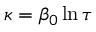
\kappa = \beta _ { 0 } \ln \tau